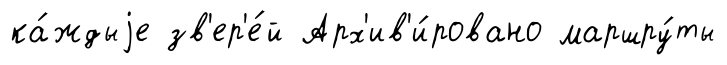
ка́ждыjе зв'ер'е́й Арх'ив'и́ровано маршру́ты